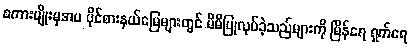
စကားမျိုးမှအပ ပိုင်စားနယ်မြေများတွင် မိမိပြုလုပ်ခဲ့သည်များကို မြိန်ရေ ရှက်ရေ